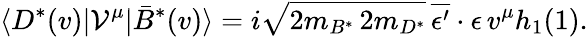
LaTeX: \langle D^{*}(v)|{\cal V}^{\mu}|\bar{B}^{*}(v)\rangle=i\sqrt{2m_{B^{*}}\, 2m_{D^{*}}}\, \overline{{{\epsilon^{\prime}}}}\cdot\epsilon\, v^{\mu}h_{1}(1).